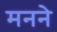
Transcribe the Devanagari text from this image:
मनने